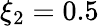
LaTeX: \xi_{2}=0.5